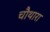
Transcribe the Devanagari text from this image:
चौथारा